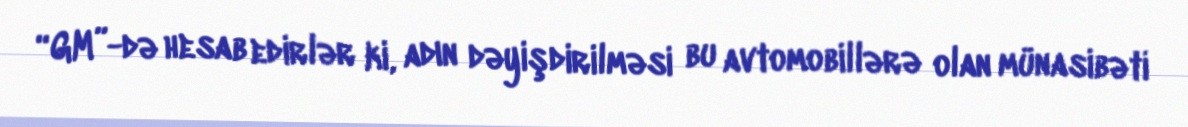
“GM”-də hesab edirlər ki, adın dəyişdirilməsi bu avtomobillərə olan münasibəti